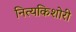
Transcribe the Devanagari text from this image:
नित्यकिशोरी